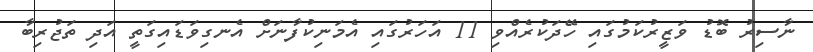
ނާސިރު ބޮޑު ވަޒީރުކަމުގައި ހޭދަކުރެއްވި 11 އަހަރުގައި އެމަނިކުފާނަށް އެނގިވަޑައިގަތީ އަދި ތަޖުރިބާ